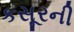
કસૂરની